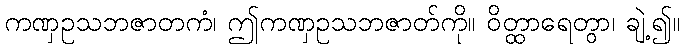
ကဏှဥသဘဇာတကံ၊ ဤကဏှဥသဘဇာတ်ကို။ ဝိတ္ထာရေတွာ၊ ချဲ့၍။